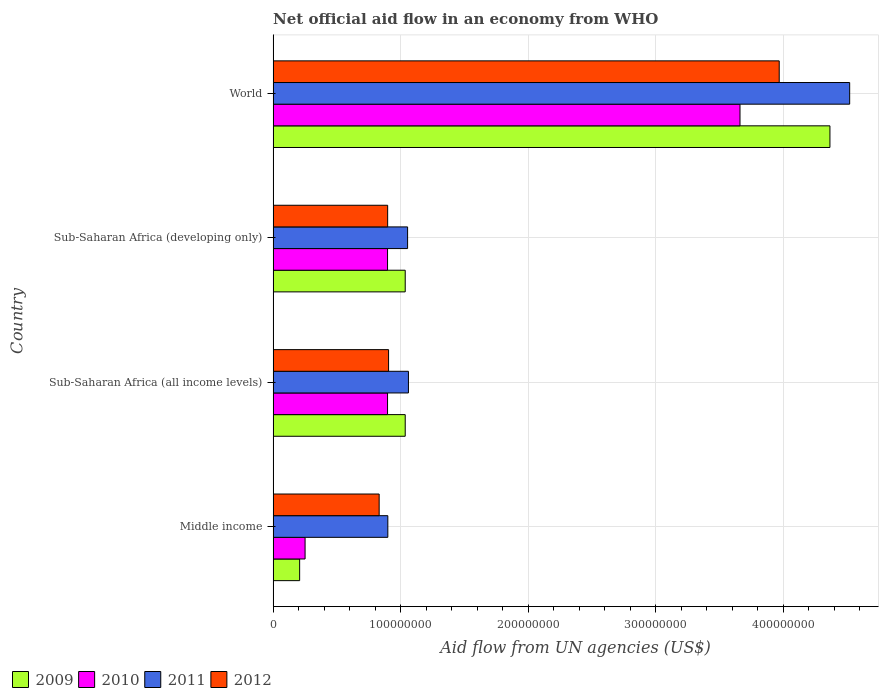
| Country | 2009 | 2010 | 2011 | 2012 |
 | --- | --- | --- | --- | --- |
 | Middle income | 2.08e+07 | 2.51e+07 | 9e+07 | 8.32e+07 |
 | Sub-Saharan Africa (all income levels) | 1.04e+08 | 8.98e+07 | 1.06e+08 | 9.06e+07 |
 | Sub-Saharan Africa (developing only) | 1.04e+08 | 8.98e+07 | 1.05e+08 | 8.98e+07 |
 | World | 4.37e+08 | 3.66e+08 | 4.52e+08 | 3.97e+08 |